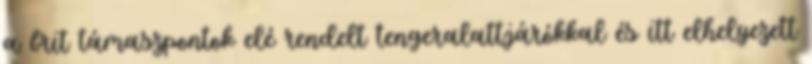
a brit támaszpontok elé rendelt tengeralattjárókkal és itt elhelyezett